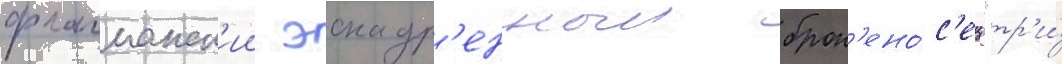
флагманск'ии эскадр'енныи брон'ено́с'ец "тр'и́